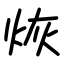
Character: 烣